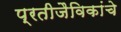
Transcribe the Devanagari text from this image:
प्रतीजैविकांचे